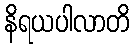
နိရယပါလာတိ